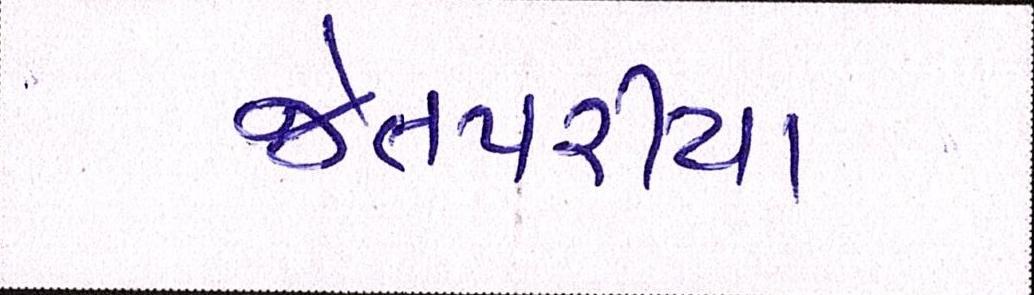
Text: જેતપરીયા